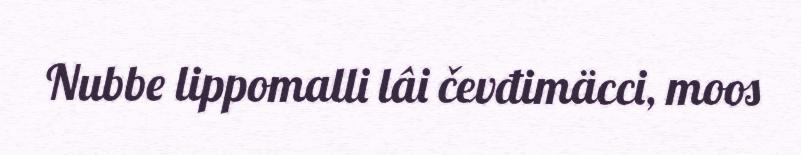
Nubbe lippomalli lâi čevđimäcci, moos